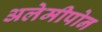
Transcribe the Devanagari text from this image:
अलेमीपोन